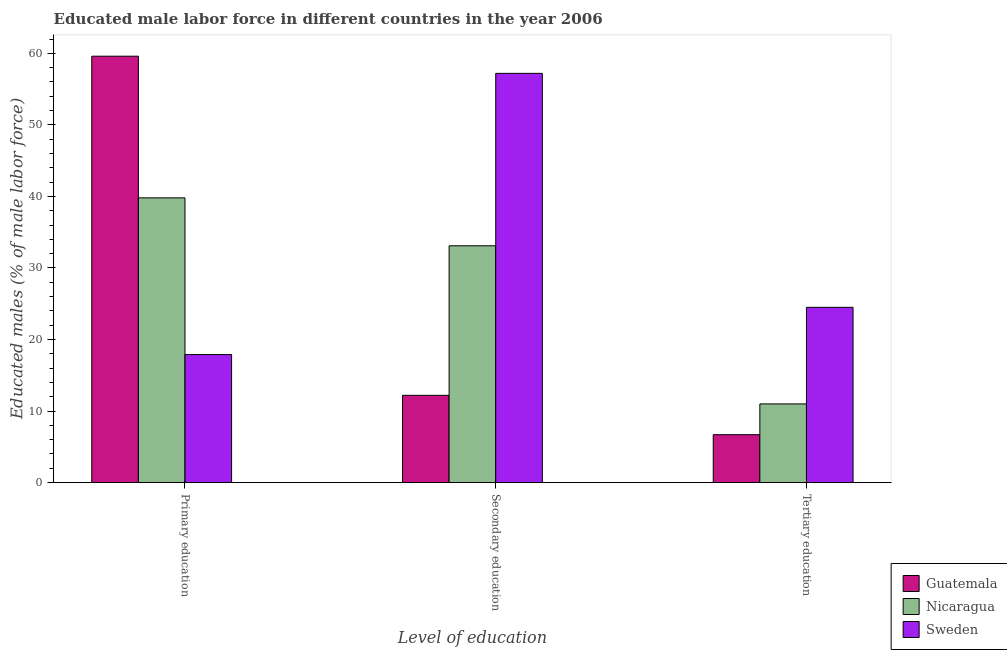
| Level of education | Guatemala | Nicaragua | Sweden |
 | --- | --- | --- | --- |
 | Primary education | 59.6 | 39.8 | 17.9 |
 | Secondary education | 12.2 | 33.1 | 57.2 |
 | Tertiary education | 6.7 | 11 | 24.5 |